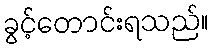
ခွင့်တောင်းရသည်။